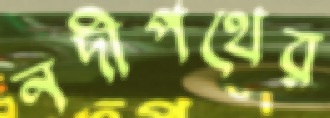
নদীপথের